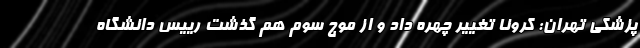
پزشکی تهران: کرونا تغییر چهره داد و از موج سوم هم گذشت رییس دانشگاه